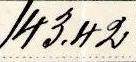
143.42